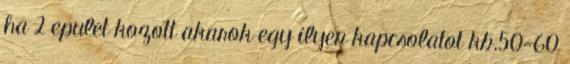
ha 2 epulet kozott akarok egy ilyen kapcsolatot kb.50-60